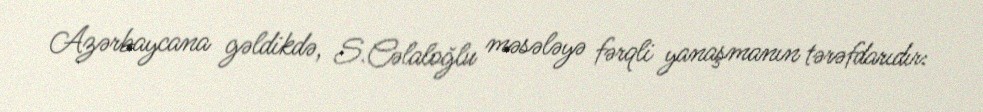
Azərbaycana gəldikdə, S.Cəlaloğlu məsələyə fərqli yanaşmanın tərəfdarıdır: